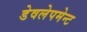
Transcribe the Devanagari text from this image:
डेवलेपमेन्ट